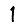
Digit: 1